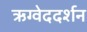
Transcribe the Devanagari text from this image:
ऋग्वेददर्शन